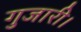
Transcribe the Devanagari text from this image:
गुजारी।